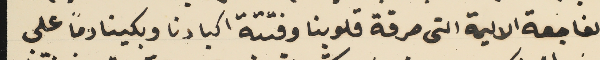
الفاجعة الاليمة التى حرقة قلوبنا وفتتة اكبادنا وبكينا دمًا على